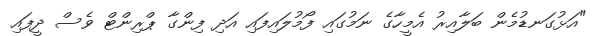
"އަޅުގަނޑުމެން ބަލާއިރު އެމީހާގެ ނަމުގައި ފޯމުލައިފައި އަދި ފިންގާ ޕްރިންޓް ވެސް ދީފައި